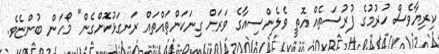
ކިރިޔާވެސް ހުރުމުގެ ފުރުސަތެއް އޮތީ ވެލެންސިއާގެ ވަރަށް ގިނަކަންތައްތައް ރަނގަޅުކޮށްގެން" މޯހަން ބުންޏެވެ.